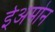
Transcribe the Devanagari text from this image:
ईअमोन